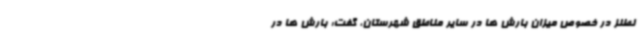
نطنز در خصوص میزان بارش ها در سایر مناطق شهرستان، گفت: بارش ها در